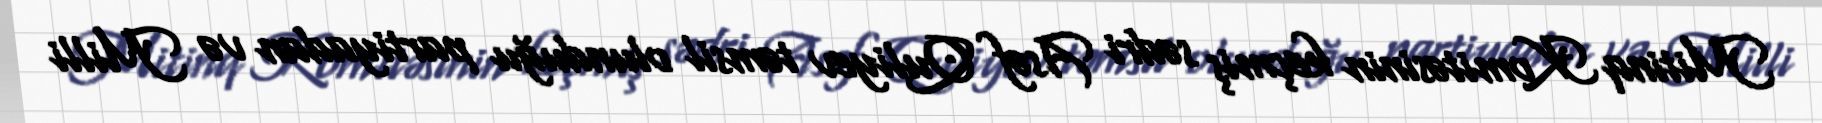
Mitinq Komitəsinin keçmiş sədri Asəf Quliyev təmsil olunduğu partiyadan və Milli